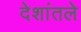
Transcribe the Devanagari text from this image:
देशांतले